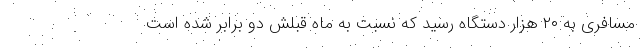
مسافری به ۲۰ هزار دستگاه رسید که نسبت به ماه قبلش دو برابر شده است